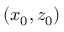
( x _ { 0 } , z _ { 0 } )